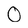
Character: O